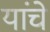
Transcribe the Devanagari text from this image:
यांचेेेे